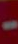
-